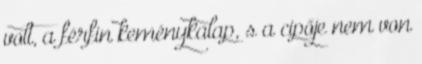
volt, a férfin keménykalap, s a cipője nem von